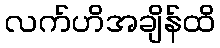
လက်ဟိအချိန်ထိ